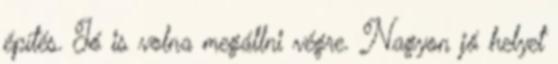
építés. Jó is volna megállni végre. Nagyon jó helyet